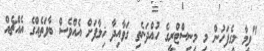
"ވީމާ މީގެފަހުން މި މިނިސްޓްރީގެ ހުއްދަނެތި ގަވާއިދާ ޚިލާފަށް އެއްވެސް ބާވަތެއްގެ އެއްޗެއް